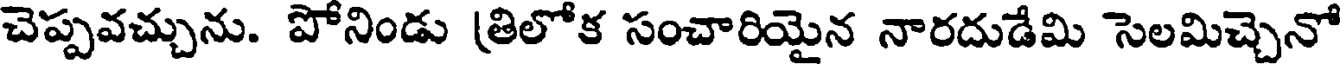
చెప్పవచ్చును. పోనిండు (తిలోక సంచారియైన నారదుడేమి సెలమిచ్చెనో